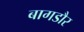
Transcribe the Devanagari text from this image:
बागडौर